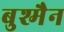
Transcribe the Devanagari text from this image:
बुश्मैन